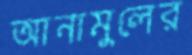
আনামুলের